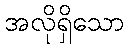
အလိုရှိသော